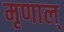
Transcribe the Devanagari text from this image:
मृणाल्